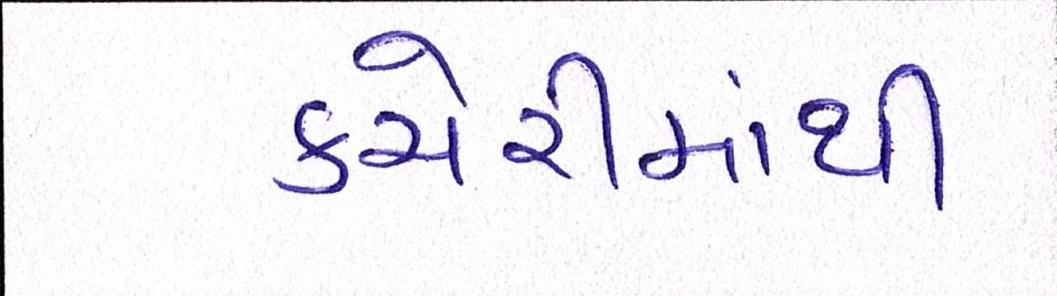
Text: કચેરીમાંથી